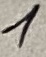
Text: 1